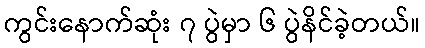
ကွင်းနောက်ဆုံး ၇ ပွဲမှာ ၆ ပွဲနိင်ခဲ့တယ်။